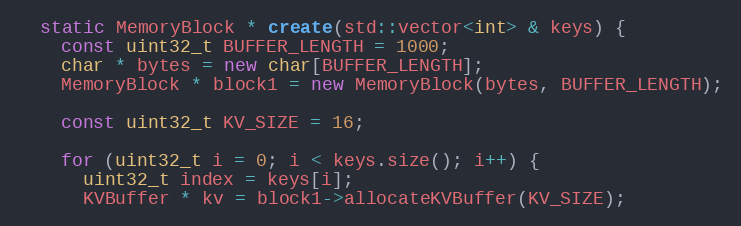
Language: C++
  static MemoryBlock * create(std::vector<int> & keys) {
    const uint32_t BUFFER_LENGTH = 1000;
    char * bytes = new char[BUFFER_LENGTH];
    MemoryBlock * block1 = new MemoryBlock(bytes, BUFFER_LENGTH);

    const uint32_t KV_SIZE = 16;

    for (uint32_t i = 0; i < keys.size(); i++) {
      uint32_t index = keys[i];
      KVBuffer * kv = block1->allocateKVBuffer(KV_SIZE);